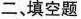
二、填空题